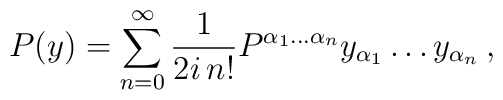
P(y )=\sum_{n=0}^{\infty}\frac{1}{2i\,n!} P^{\alpha_1\ldots\alpha_n} y_{\alpha_1}\ldots y_{\alpha_n}\,,